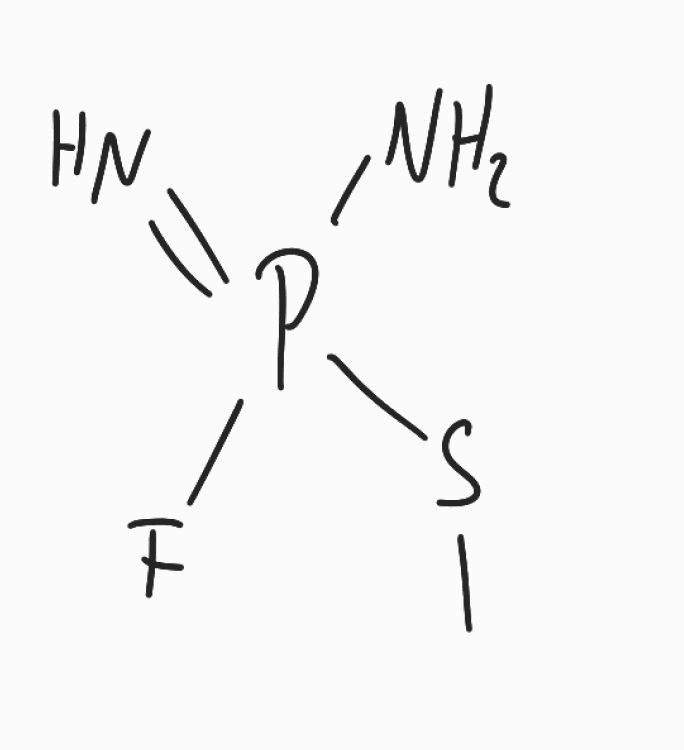
Simplified molecular-input line-entry system (SMILES) notation of the given molecule:
CSP(=N)(N)F